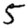
Digit: 5